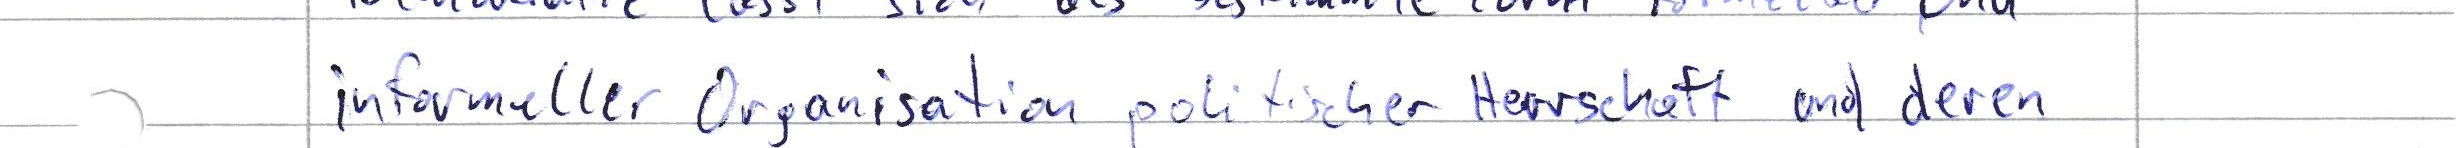
informeller Organisation politischer Herrschaft und deren